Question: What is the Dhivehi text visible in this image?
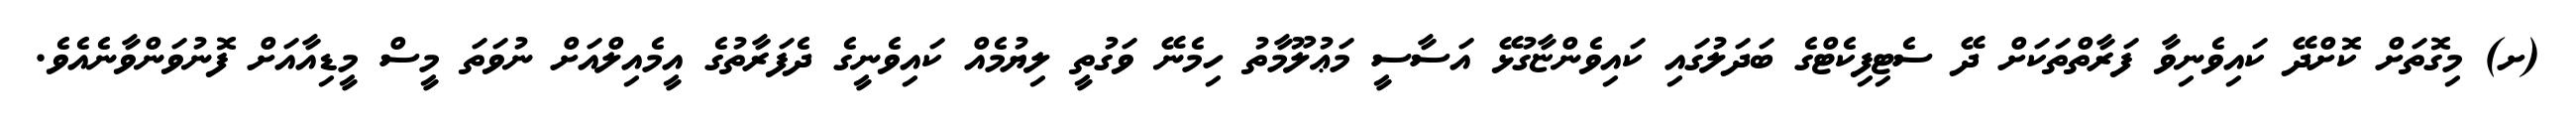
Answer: (ށ) މިގޮތަށް ކޮށްދޭ ކައިވެނިވާ ފަރާތްތަކަށް ދޭ ސެޓިފިކެޓްގެ ބަދަލުގައި ކައިވެންޏާގުޅޭ އަސާސީ މަޢުލޫމާތު ހިމެނޭ ވަގުތީ ލިޔުމެއް ކައިވެނީގެ ދެފަރާތުގެ އީމެއިލްއަށް ނުވަތަ މީސް މީޑިއާއަށް ފޮނުވަންވާނެއެވެ.